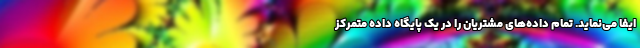
ایفا می‌نماید. تمام داده‌های مشتریان را در یک پایگاه داده متمرکز